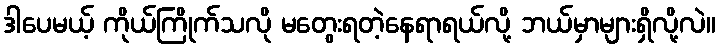
ဒါပေမယ့် ကိုယ်ကြိုက်သလို မတွေးရတဲ့နေရာရယ်လို့ ဘယ်မှာများရှိလို့လဲ။